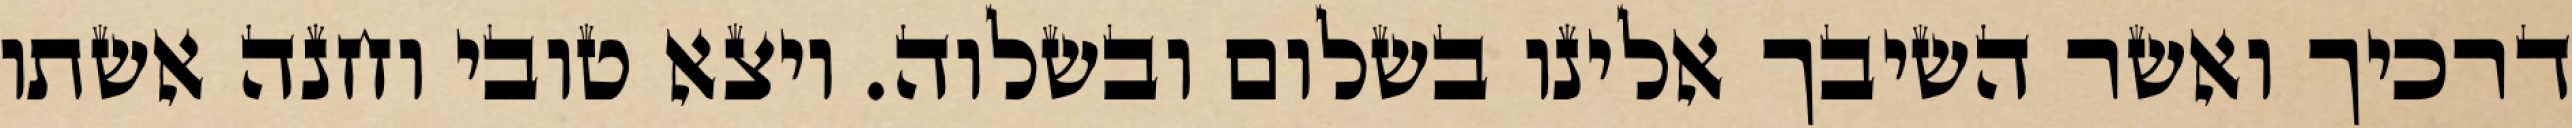
דרכיך ואשר השיבך אלינו בשלום ובשלוה. ויצא טובי וחנה אשתו